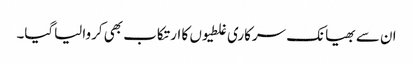
ان سے بھیانک سرکاری غلطیوں کا ارتکاب بھی کروالیاگیا۔